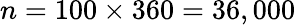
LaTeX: n=100\times 360=36,000